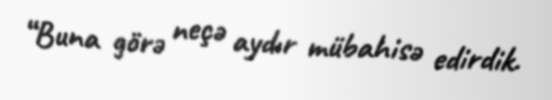
“Buna görə neçə aydır mübahisə edirdik.